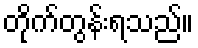
တိုက်တွန်းရသည်။